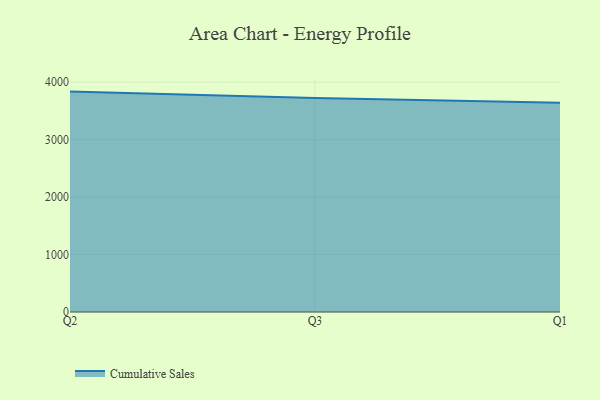
{"axis": {"x": "Quarter", "y": "Temperature (°C)"}, "legend": ["Cumulative Sales"], "data": [{"x": "Q2", "y": 3836.5, "type": "Cumulative Sales"}, {"x": "Q3", "y": 3726.2, "type": "Cumulative Sales"}, {"x": "Q1", "y": 3641.6, "type": "Cumulative Sales"}]}